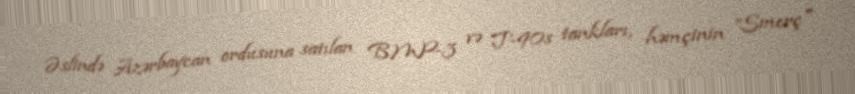
Əslində Azərbaycan ordusuna satılan BMP-3 və T-90s tankları, həmçinin ”Smerç"